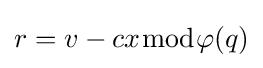
r=v-cx{\bmod {\varphi }}(q)